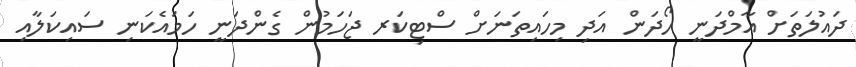
ދައުލަތަށް އާމްދަނީ ހޯދަން އަދި މިހައިތަނަށް ސްޓިކަރ ޖަހަމުން ގެންދަނީ ހަމައެކަނި ސައިކަލާއި